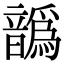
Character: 𩑁